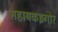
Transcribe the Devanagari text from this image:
सहायकइगोर